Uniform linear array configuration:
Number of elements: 48
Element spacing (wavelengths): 0.5
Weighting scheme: kaiser
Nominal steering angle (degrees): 30
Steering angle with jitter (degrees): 29.997
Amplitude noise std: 0.05
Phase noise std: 0.05

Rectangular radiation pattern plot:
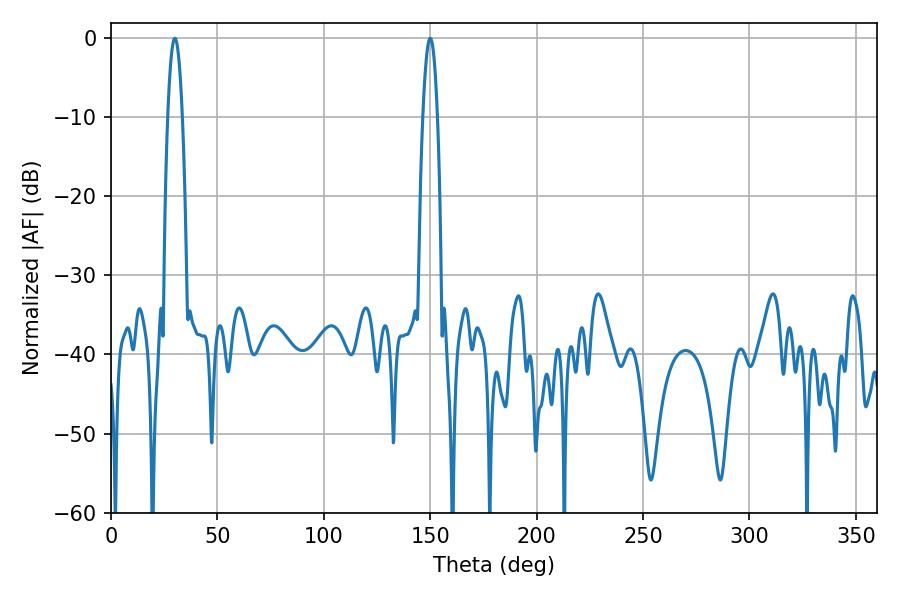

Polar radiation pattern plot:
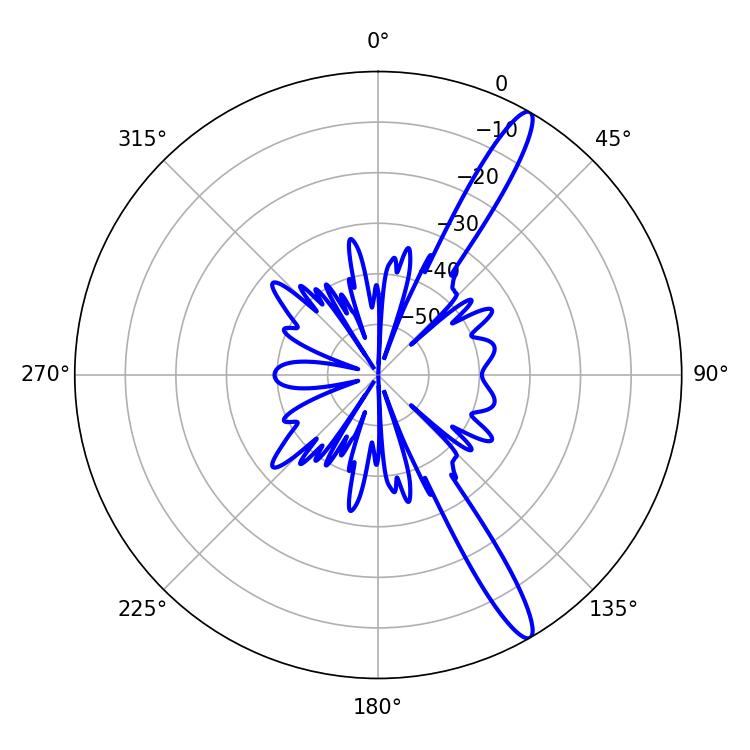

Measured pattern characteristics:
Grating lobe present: FALSE
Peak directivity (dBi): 14.444
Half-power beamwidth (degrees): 3.78
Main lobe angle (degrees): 30.06